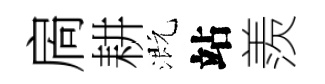
扄耕溉站羨